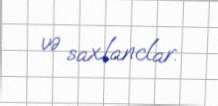
və saxlanclar.